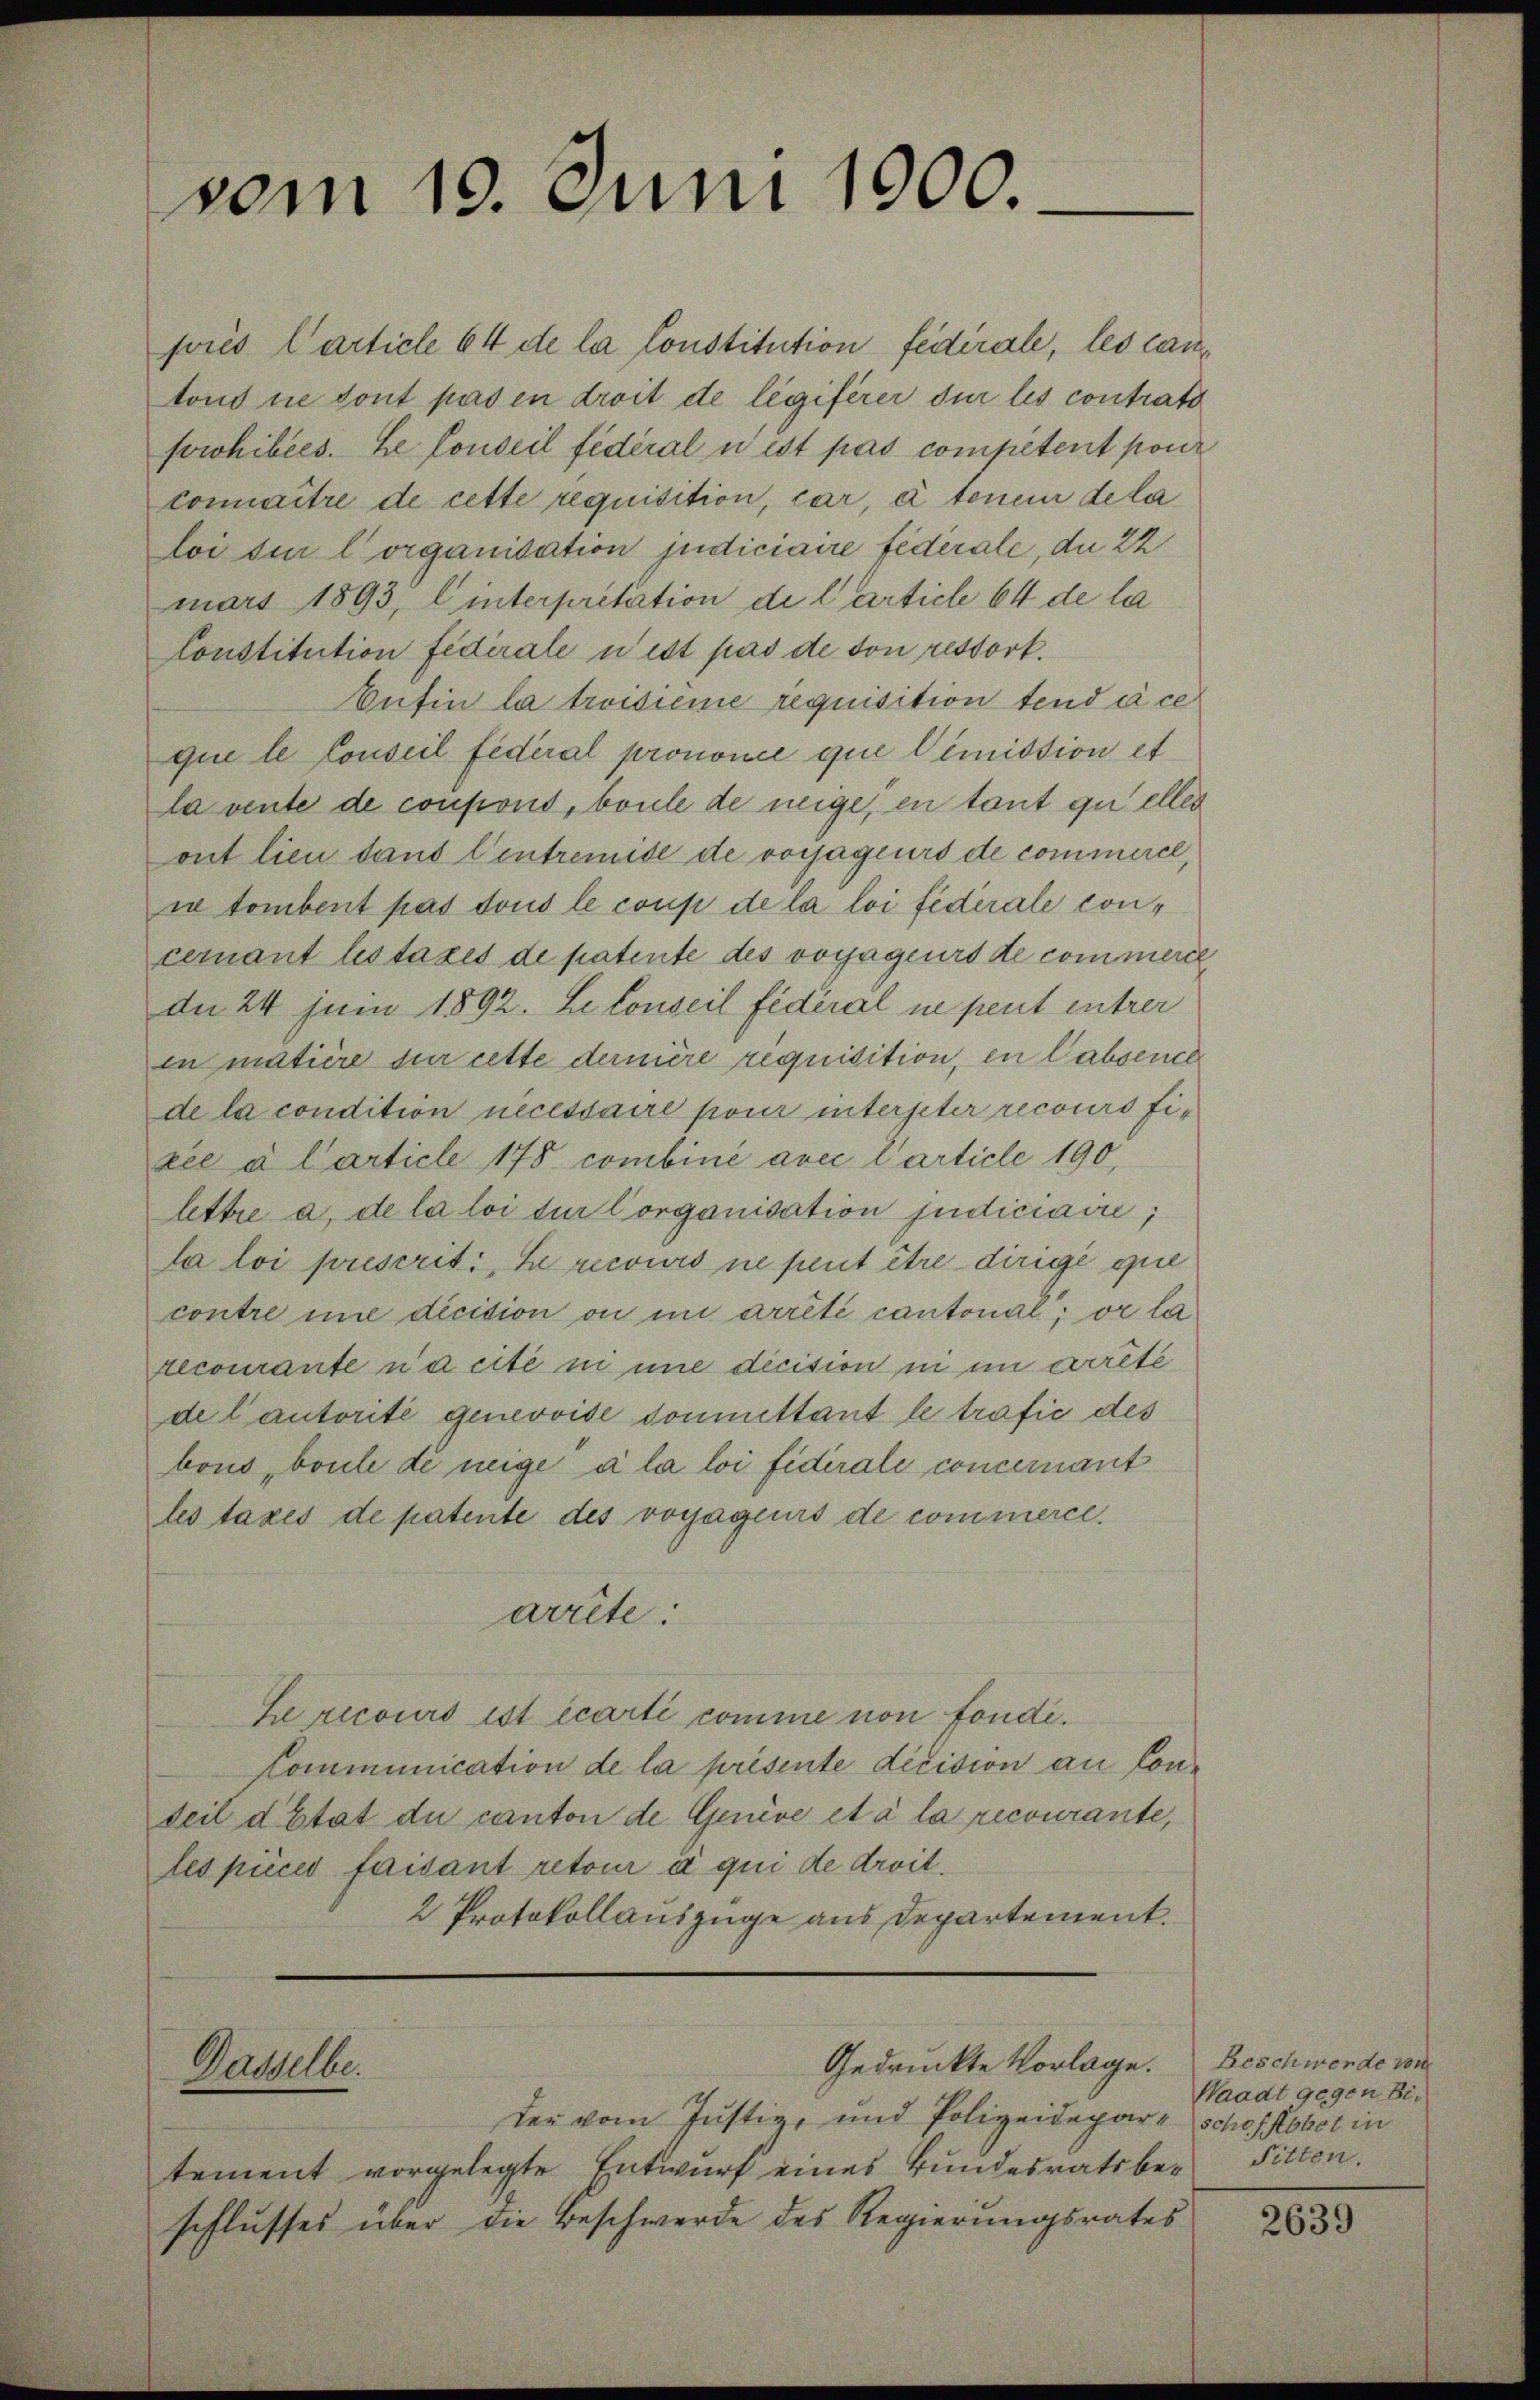
vom 19. Juni 1900.

pores Carticle 64 de la Constitution fédérale, les lautons ne tout pas in droit de legiferer sur les contrato
sowhibées. Le Conseil fédéral u est pas competent pone
connaître de cette requisition, car, à teneur dela
loi sur lorganisation judiciaire fédérale, du 22
mars 1893, Winterpretation de l’article 64 de la
Constitution fédérale u ist pas de von ressort.
Eufin la troisieme requisition tend à ce
que le Conseil fédéral prononce que Dimission et
la vente de confond, boule de neige, en tant quelles
ont lieu dans Centremise de vorjageurs de commerce,
i tombent pas tous le coup de la loi fédérale concernant lestaxes de patente des vorjageurs de commerce
dn 24 juin 1892. Le conseil fédéral ne peut entrer
in matière sur cette dernière requisition, en Cabsence
de la condition necessaire pour interster recours fixee u. Carticle 178 combini avec Carticle 190
lettre a. de la loi sur Corganisation judiciaire;
la loi prescrit, le recours ne peut être dirige que
contre une dicition ou in arrété cantonal; or la
recourante nacite in une decision in im arrête
de lautorité genevoise soumettant le trafić des
bous, boule de neige a la loi fiderale concernant
les taxes de patente des vogagers de commerce.
arrête:
Lercours ist écarti comme von fonde.
Communication de la présente decision an Conteil d’Etat du canton de Genève et à la recourante,
lespices faisant retour a qui de droit.
2 Protokollauszüge aus Departement.

Dasselbe

Gedrückte Vorlage.

der vom Justiz, und Polizeidepart schof Kobet in
tement vorgelegte Entwurf eines Bundesrats beschlusses über die Beschwerde des Regierungsrates

Beschwende von
Waadt gegen Bie
Sitten.

2639